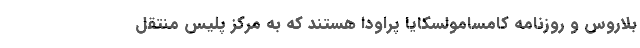
بلاروس و روزنامه کامسامولسکایا پراودا هستند که به مرکز پلیس منتقل